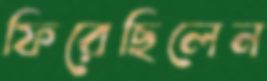
ফিরেছিলেন